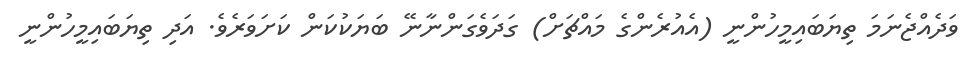
ވަދެއްޖެނަމަ ތިޔަބައިމީހުންނީ (އެއުރެންގެ މައްޗަށް) ގަދަވެގަންނާނޭ ބަޔަކުކަން ކަށަވަރެވެ. އަދި ތިޔަބައިމީހުންނީ